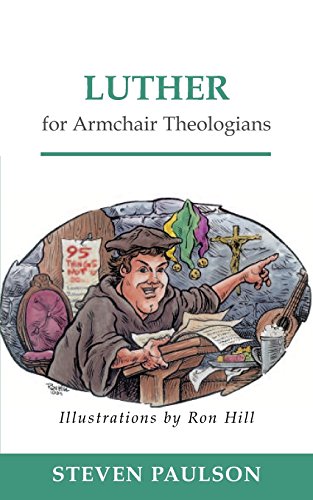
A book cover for Luther for Armchair Theologians; Steven D. Paulson; Christian Books & Bibles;